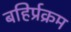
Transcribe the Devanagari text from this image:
बहिर्प्रक्रम